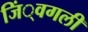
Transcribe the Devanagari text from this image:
जिं्वगली